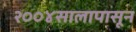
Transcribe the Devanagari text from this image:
२००४सालापासून